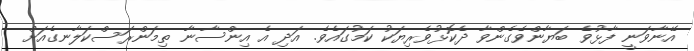
އޭނާވަނީ ފާޅުވެ ބަޔާންވެގެންވާ ދެކޮޅުވެރިޔަކު ކަމުގައެވެ. އަދި އެ އިންސާނާ ތިމަންރަސްކަލާނގެއަށް